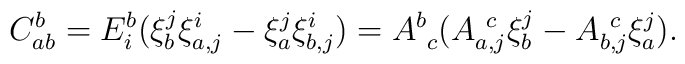
C^b_{ab}=E^b_i(\xi^j_b    \xi^i_{a,j}    -\xi^j_a  \xi^i_{b,j})=A^b_{~c}(A^{~c}_{a,j}\xi^j_b - A^{~c}_{b,j}\xi^j_a).